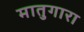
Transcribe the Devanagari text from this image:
मातुगारा